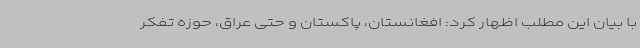
با بیان این مطلب اظهار کرد: افغانستان، پاکستان و حتی عراق، حوزه تفکر